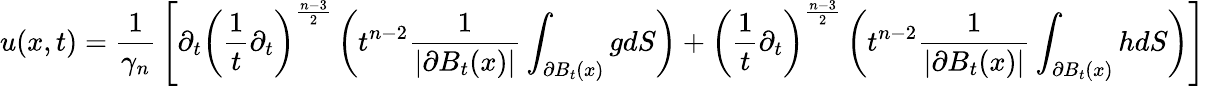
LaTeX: u(x,t)={\frac{1}{\gamma_{n}}}\left[\partial_{t}\left({\frac{1}{t}}\partial_{t}\right)^{\frac{n-3}{2}}\left(t^{n-2}{\frac{1}{|\partial B_{t}(x)|}}\int_{\partial B_{t}(x)}gdS\right)+\left({\frac{1}{t}}\partial_{t}\right)^{\frac{n-3}{2}}\left(t^{n-2}{\frac{1}{|\partial B_{t}(x)|}}\int_{\partial B_{t}(x)}hdS\right)\right]